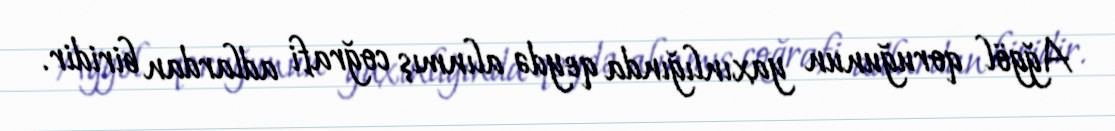
Ağgöl qoruğunun yaxınlığında qeydə alınmış coğrafi adlardan biridir.